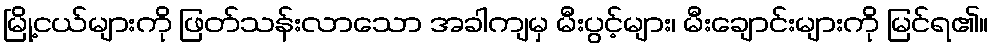
မြို့ငယ်များကို ဖြတ်သန်းလာသော အခါကျမှ မီးပွင့်များ၊ မီးချောင်းများကို မြင်ရ၏။